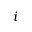
i